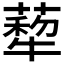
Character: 𦺙